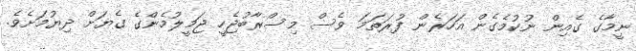
ނީމާގެ ގެއިން ނުކުމެގެން އަހަރެން ފުރަތަމަ ވެސް މިސްރާބުޖެހީ ޖަމީލުމެންގެ ގެޔަށް ދިޔުމަށެވެ.